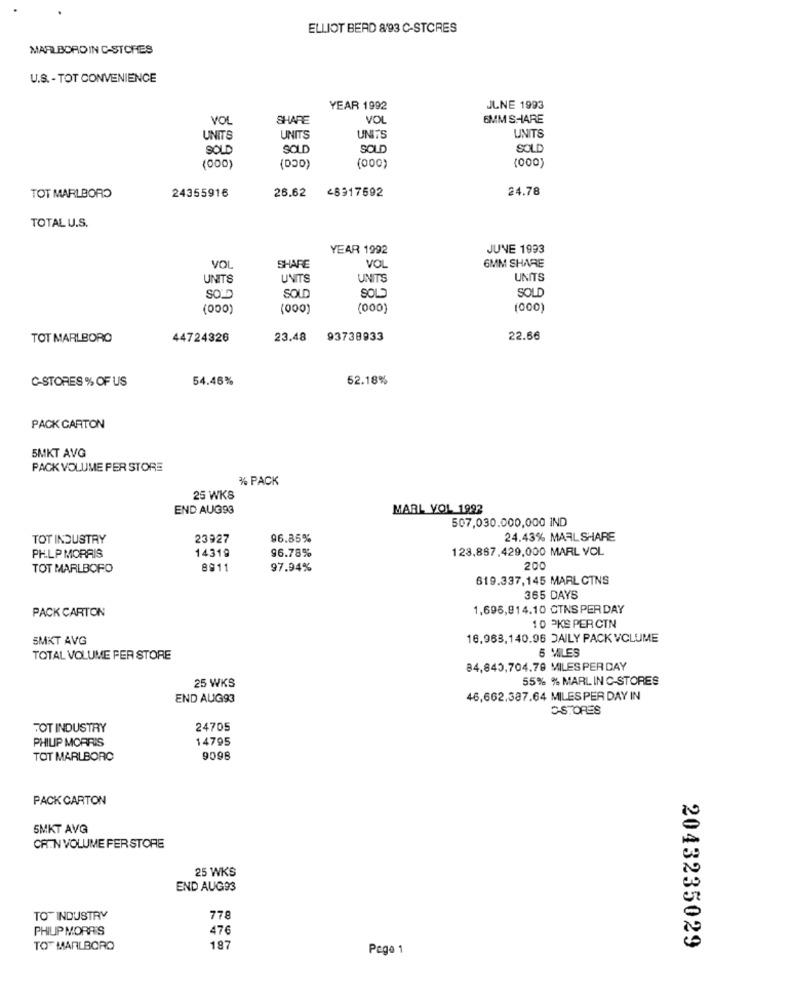
ELLIOT BERD 8/93 C-STCRES
MARLBORDIN C-STORES
U.S. - TOT CONVENIENCE
YEAR 1992
JUNE 1993
VOL
SHARE
VOL
6MM S-IARE
UNITS
UNITS
UNITS
UNITS
SOLD
SOLD
SOLD
SOLD
(000)
(000)
(DOD)
(000)
24.78
TOT MARLBORO
24355916
26.62 48917592
TOTAL U.S.
YEAR 1992
JUNE 1993
6MM SHARE
VOL
SHARE
VO
UNITS
UNITS
UNITS
UNITS
SOL
SOD
SOLD
SOLO
(000)
(000)
(000)
(000)
TOT MARLBORO
44724326
23.48
93738933
22.66
C-STORES % OF US
54.46%
52.18%
PACK CARTON
5MKT AVG
PACK VOLUME PER STORE
%% PACK
25 WKS
END AUG93
MARL VOL 1992
507,030.000,000 IND
TOT INDUSTRY
23927
96.85%
24.43% MARL SHARE
14319
128,867,429,000 MARL VOL
PHLP MORRIS
96.78%
TOT MARLBORO
8911
97.94%
200
619.337,145 MARL CINS
365 DAYS
1,698,814.10 CTNS PER DAY
PACK CARTON
10 3KS PERCIN
SMKT AVG
16.983,140.96 DAILY PACK VCLUME
5 MILES
TOTAL VOLUME PER STORE
84,840,704.79 MILESPERDAY
25 WKS
55% % MARLIN C-STORES
END AUG93
46,662.387.64 MILESPER DAY IN
CS.ORES
TOT INDUSTRY
24705
PHILIP MORRIS
14795
TOT MARLBORO
9098
PACK CARTON
5MKT AVG
CR.N VOLUME FER STORE
25 WKS
END AUGS3
TOT INDUSTRY
778
PHILIP MORRIS
476
TOT MARLBORO
197
Page 1
2043235029